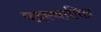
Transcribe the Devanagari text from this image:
पदस्‍थापित